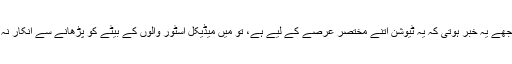
اگر مجھے یہ خبر ہوتی کہ یہ ٹیوشن اتنے مختصر عرصے کے لیے ہے، تو میں میڈیکل اسٹور والوں کے بیٹے کو پڑھانے سے انکار نہ کرتا۔